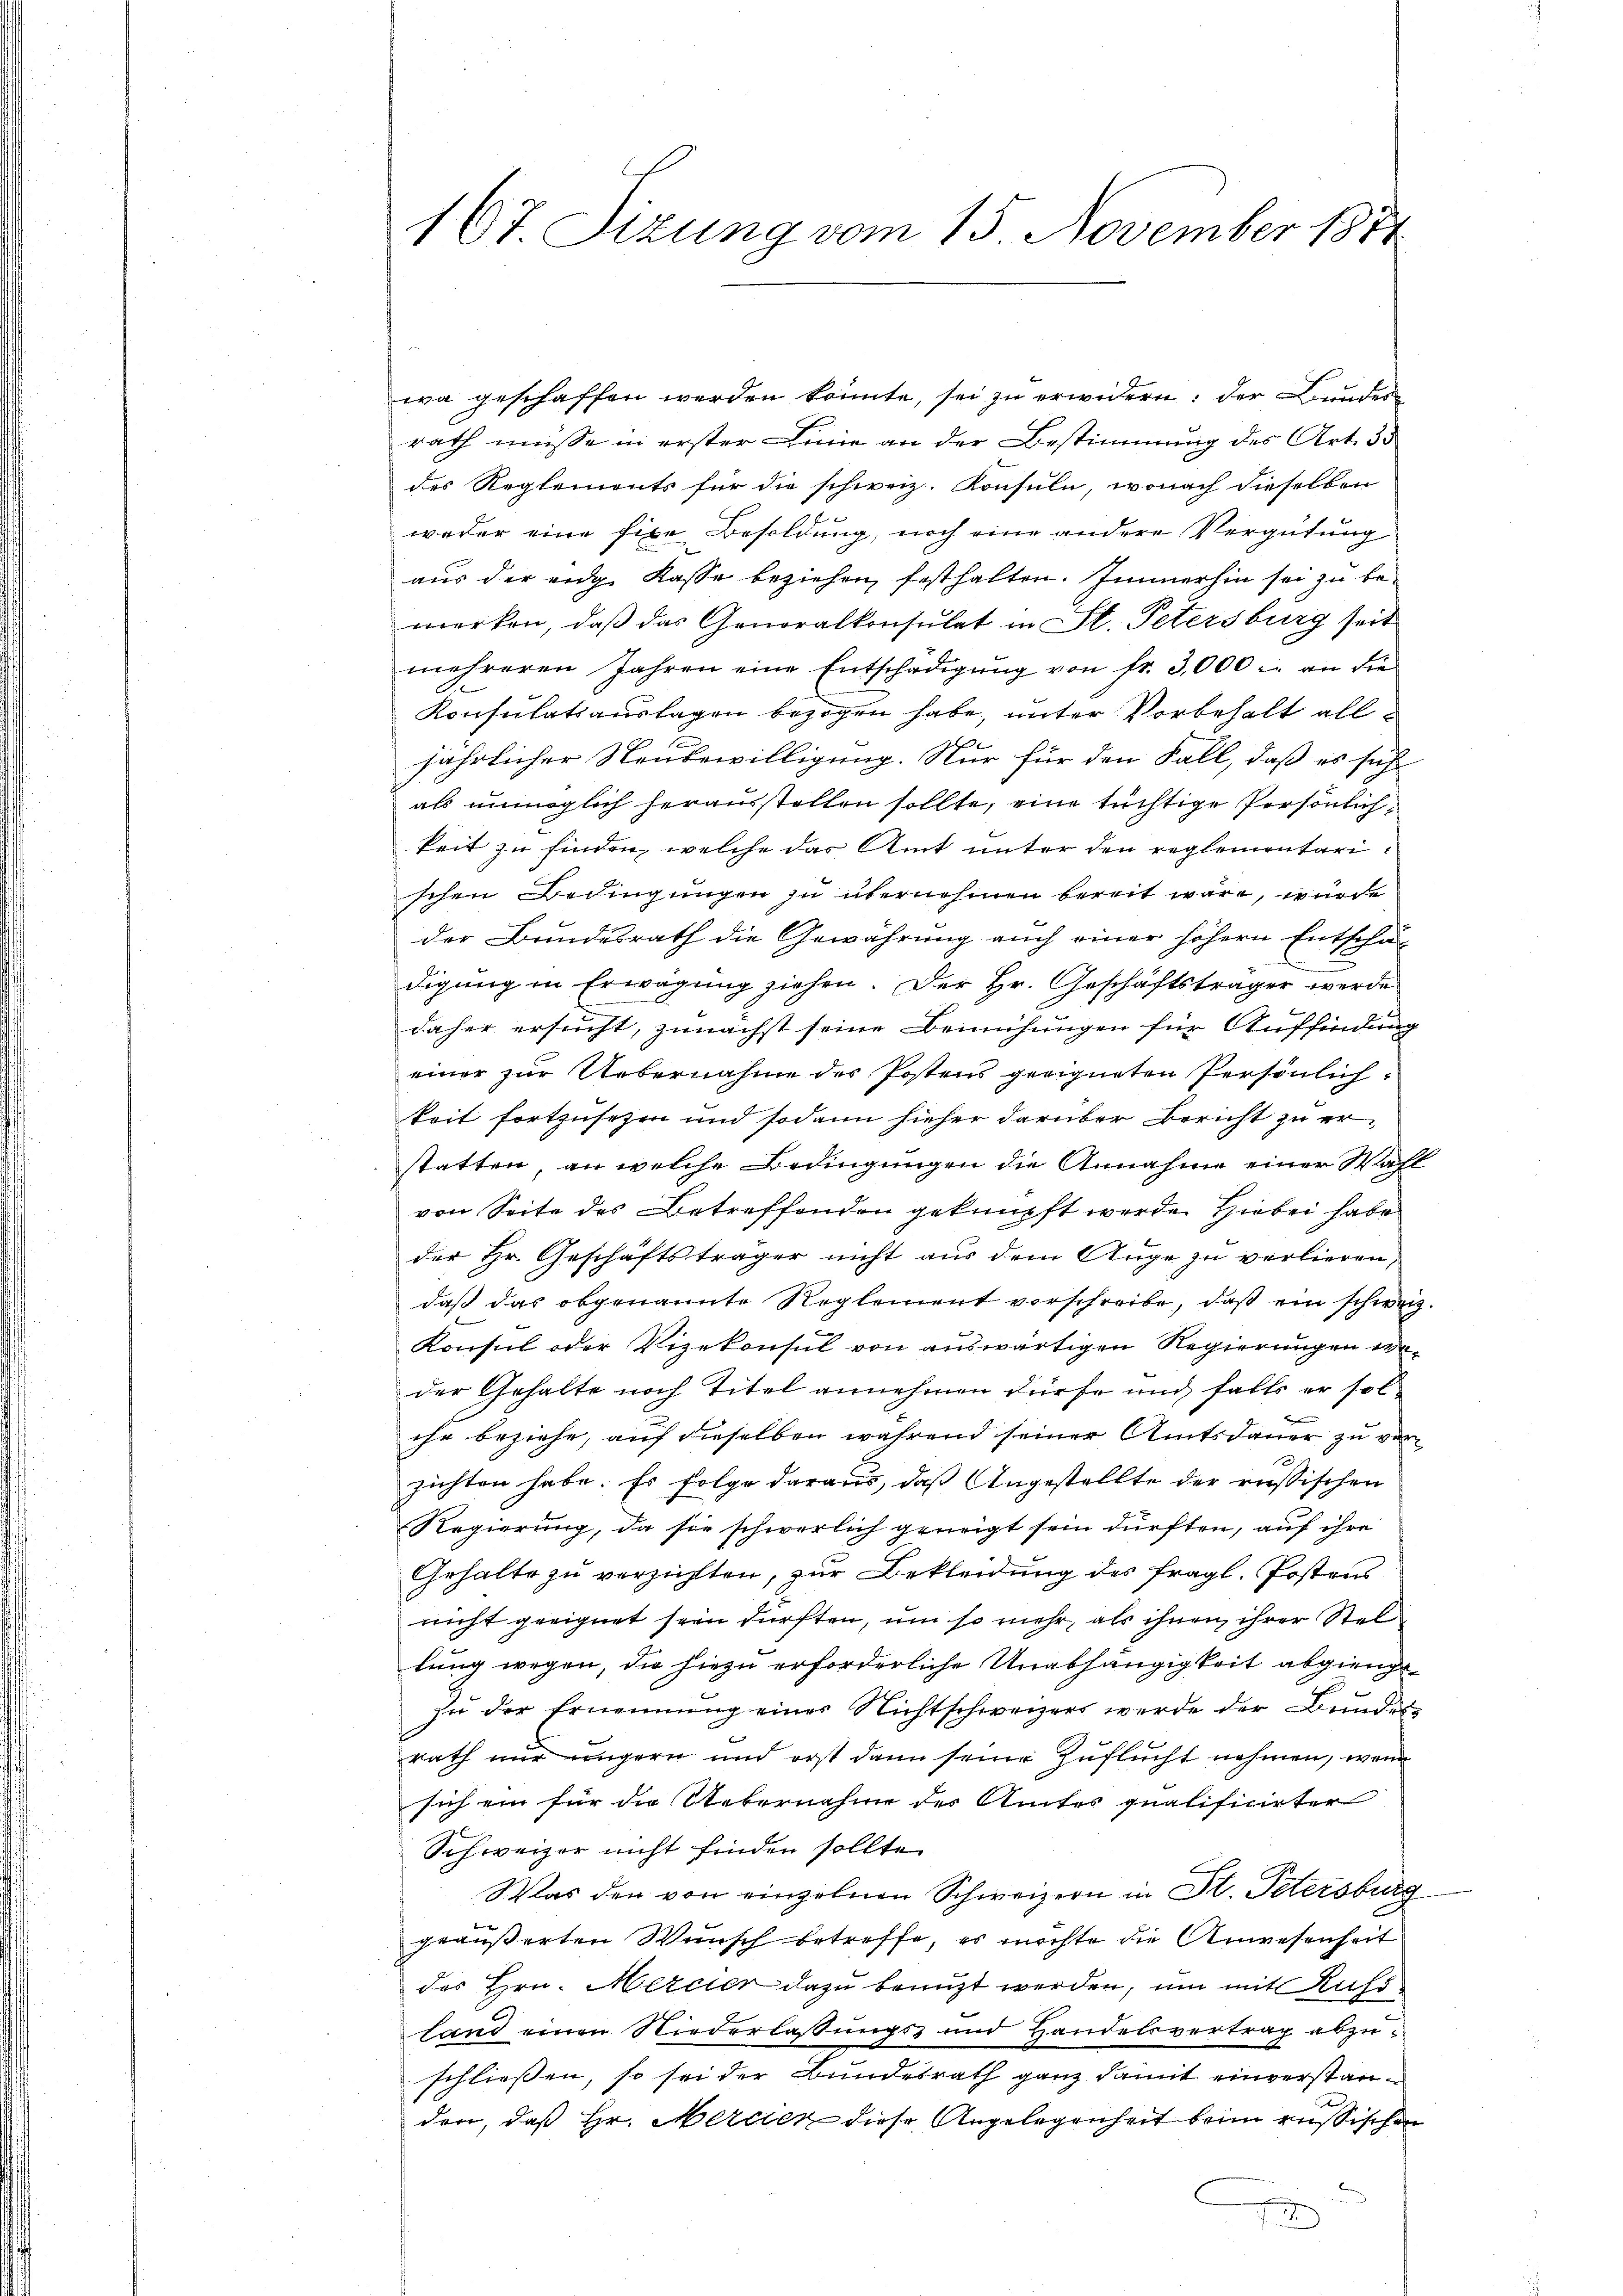
167 Sizung vom 15. November 1881

wa geschaffen werden könnte, sei zŭ erwidern: der Bunderrath müsse in erster Linie an der Bestimmung des Art. 35
des Reglements für die schweiz. Konsuln, wonach dieselben
weder eine fixe Besoldung, noch eine andere Vergütung
aus der eidg. Kasse beziehen, festhalten. Immerhin sei zu bemerken, daß das Generalkonsulat in St. Petersburg seit
mehreren Jahren eine Entschädigŭng von fr. 3,000 u. an die
Konsulatsauslagen bezogen habe, unter Vorbehalt alla
jährlicher Neubewilligung. Nur für den Fall, daß es sich
als unmöglich herausstellen sollte, eine tüchtige Persönlichkeit zu finden, welche das Amt unter den reglementarischen Bedingungen zu übernehmen bereit wäre, wurde
der Bundesrath die Gewährung auch einer höhern Entschä-
digung in Erwägung ziehen. Der Hr. Geschäftsträger werde
daher ersucht, zunächst seine Bemühungen für Auffindung
einer zur Uebernahme der Postens geeigneten Persönlich:
keit fortzusetzen und sodann hieher darüber Bericht zu erstatten, an welche Bedingungen die Annahme einer Wahl
von Seite des Betreffenden geknüpft werde. Hiebei habe
der Hr. Geschäftsträger nicht aus dem Auge zu verlieren,
daβ das obgenannte Reglement vorschreibe, daβ ein schweiz.
Konsul oder Vizekonsul von auswärtigen Regierungen weder Gehalte noch Titel annehmen dürfe und falls er solihr beziehe, auf dieselben während seiner Amtsdauer zu ver
zichten habe. Es folge daraus, daß Angestellte der russischen
Regierung, da sie schwerlich geneigt sein dürften, auf ihre
Gehalte zu verzichten, zur Bekleidung des fragl. Postens
nicht geeignet sein dürften, um so mehr, als ihnen ihrer Stellung wegen, die hiezu erforderliche Unabhängigkeit abgienge
zu der Ernennung einer Nichtschweizers werde der Bundes
rath nur ungern und erst dann seine Zuflucht nehmen, wenn
sich ein für die Uebernahme des Amtes qualificirter
Schweizer nicht finden sollte.
Was den von einzelnen Schweizern in St. Petersburg
geäußerten Wunsch betreffe, es möchte die Anwesenheit
des Hrn. Mercier dazu benutzt werden, um mit Kuss
land einen Niederlaßungs- und Handelsvertrag abzuschließen, so sei der Bundesrath ganz damit einverstanden, daß Hr. Mercien diese Angelegenheit beim eussischen